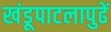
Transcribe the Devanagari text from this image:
खंडूपाटलापुढें